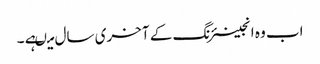
اب وہ انجینئرنگ کے آخری سال میںہے ۔